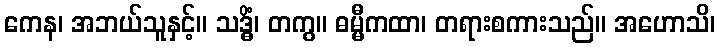
ကေန၊ အဘယ်သူနှင့်။ သဒ္ဓိံ၊ တကွ။ ဓမ္မီကထာ၊ တရားစကားသည်။ အဟောသိ၊